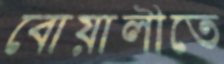
বোয়ালীতে